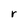
Character: r